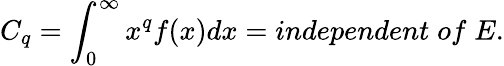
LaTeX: C_{q}=\int_{0}^{\infty}x^{q}f(x)dx=independent\; of\; E.